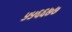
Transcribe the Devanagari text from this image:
५५६६७७